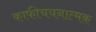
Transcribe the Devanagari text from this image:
काफीचयनात्मक